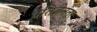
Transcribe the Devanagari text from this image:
प्रतिज्ञेनंतर